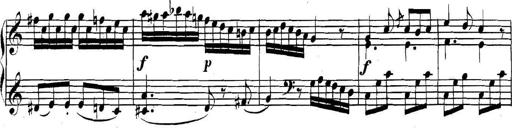
Title: Collected Piano Sonatas
Composer: Muzio Clementi